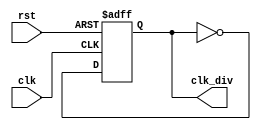
module ClockDivider (
    input clk, rst,
    output reg clk_div
    );

always @ (posedge(clk), posedge(rst))
begin
    if (rst) clk_div <= 0;
    else clk_div <= !clk_div;
end
endmodule